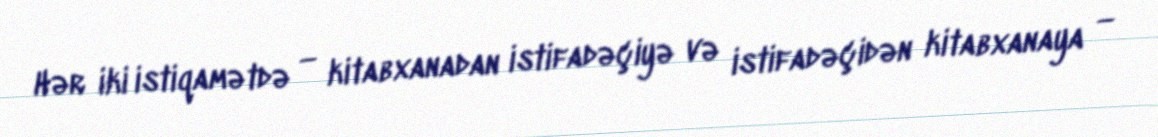
Hər iki istiqamətdə — kitabxanadan istifadəçiyə və istifadəçidən kitabxanaya —